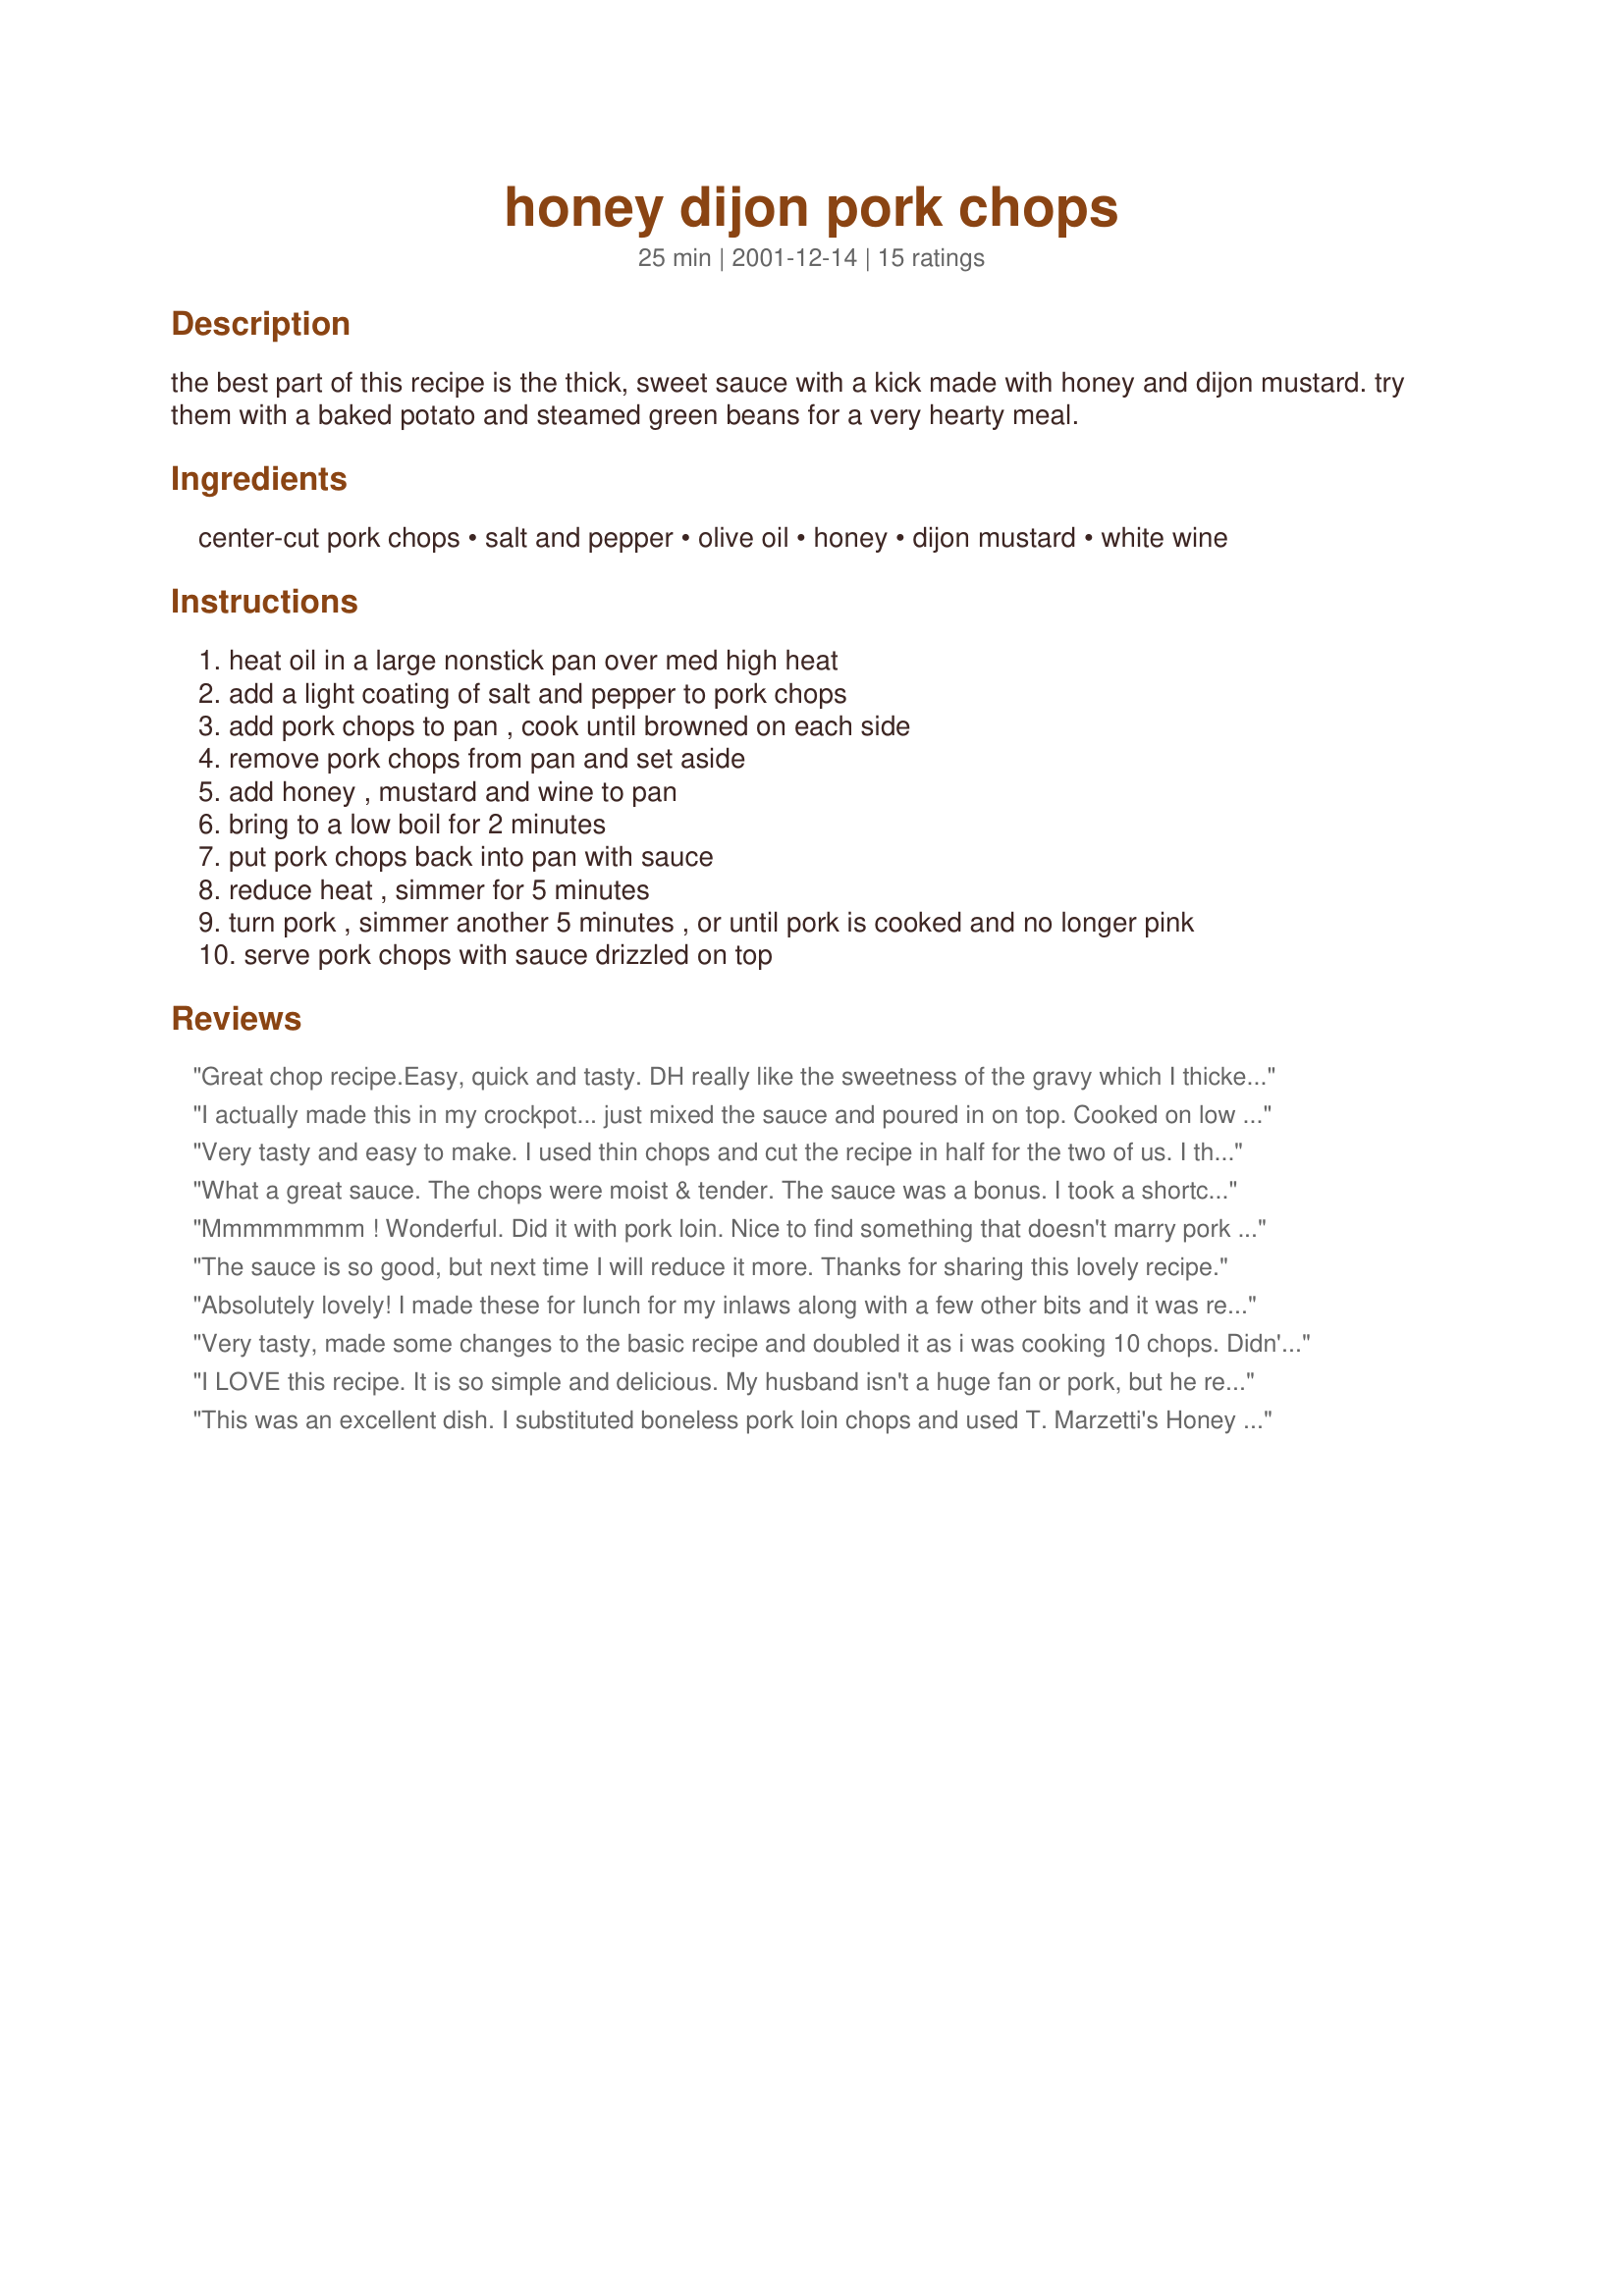
honey dijon pork chops
Preparation time: 25 minutes

the best part of this recipe is the thick, sweet sauce with a kick made with honey and dijon mustard. try them with a baked potato and steamed green beans for a very hearty meal.

Ingredients:
center-cut pork chops, salt and pepper, olive oil, honey, dijon mustard, white wine

Steps:
heat oil in a large nonstick pan over med high heat
add a light coating of salt and pepper to pork chops
add pork chops to pan , cook until browned on each side
remove pork chops from pan and set aside
add honey , mustard and wine to pan
bring to a low boil for 2 minutes
put pork chops back into pan with sauce
reduce heat , simmer for 5 minutes
turn pork , simmer another 5 minutes , or until pork is cooked and no longer pink
serve pork chops with sauce drizzled on top

Reviews:
Great chop recipe.Easy, quick and tasty. DH really like the sweetness of the gravy which I thickened and used over mashed potatoes. Followed the recipe.
I actually made this in my crockpot... just mixed the sauce and poured in on top. Cooked on low 4 hours and they were tender and perfect. Yum! Thanks for the great recipe!
Very tasty and easy to make. I used thin chops and cut the recipe in half for the two of us.
I thickened the sauce with some cornstarch. Served with brown rice and green beans. Thanks for an easy weeknight dinner.
 What a great sauce. The chops were moist & tender. The sauce was a bonus. I took a shortcut - I used Honey Dijon mustard and an Okanaga Chardonney- It was so simple and so good thanks Erin Rogers for a really tasty recipe. (there will be a better picture coming in a coupl of weeks) Cheers Bergy
Mmmmmmmm ! Wonderful. Did it with pork loin. Nice to find something that doesn't marry pork with beans !
The sauce is so good, but next time I will reduce it more. Thanks for sharing this lovely recipe.
Absolutely lovely! I made these for lunch for my inlaws along with a few other bits and it was really great. The sauce was very thin, so I added some cornflour to thicken it, but apart from that, it was perfect. Thanks for a great recipe!
Very tasty, made some changes to the basic recipe and doubled it as i was cooking 10 chops. Didn't have any cooking wine so used chicken broth with a few tbsp of red wine vinegar in it and seemed to do well, had to thicken it a bit with some butter and flour but after it cooled and set was quite tasty. Searing the chops a bit before cooking added some great color and set the salt and pepper in to hangon through the simmer. Great recipe.
I LOVE this recipe. It is so simple and delicious. My husband isn't a huge fan or pork, but he requests this on a regular basis. Thanks!
This was an excellent dish. I substituted boneless pork loin chops and used T. Marzetti's Honey Dijon salad dressing, because I didn't have enough dijon mustard on hand. I made the recipe for two and cut everything in half and used a small bottle of Kendal Jackson Chardoney. The flavor was wonderful and the chops were tender. I would make this again in a heartbeat. Thanks!
With so may five star reviews I felt good about making this even though I could not predict how the taste would be. The sweet of the honey and savory dijon and wine? Well, it turned out to be delicious! It was kind of a sweet and sour taste but savory. I also added about 1/2 of a thinly sliced onion to my pork chops about 5 minutes before adding the wine sauce. I had my small piece of pork covered in sauce, inteding to eat light and ended up going back for more. Very good, so easy and with things I always have on hand. Thanks for sharing.
I was looking for an easy recipe I could adapt for one pork chop. This was so good and I had all the ingredients on hand. Thanks for posting this.
Rae
Wow, these were delish...I ended up drizzling the sauce over everything on the plate.<br/>Thanks so much for a yummy recipe.
Loved the sauce in which the chops are simmered. Served with jacket baked potatoes, baby beans and baby carrots. Yummy :)
This was the best tasting recipe for pork I have ever tried. I used Top Loin Cuts (not as thick as recipe suggested) and it was great, my fiance even complimented it!
